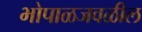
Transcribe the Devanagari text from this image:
भोपाळजवळील